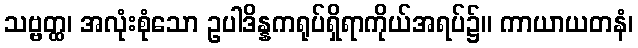
သဗ္ဗတ္ထ၊ အလုံးစုံသော ဥပါဒိန္နကရုပ်ရှိရာကိုယ်အရပ်၌။ ကာယာယတနံ၊